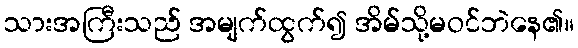
သားအကြီးသည် အမျက်ထွက်၍ အိမ်သို့မဝင်ဘဲနေ၏။